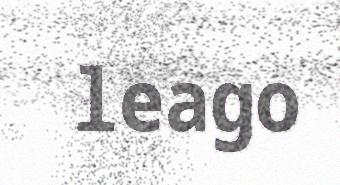
leago